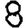
Digit: 8